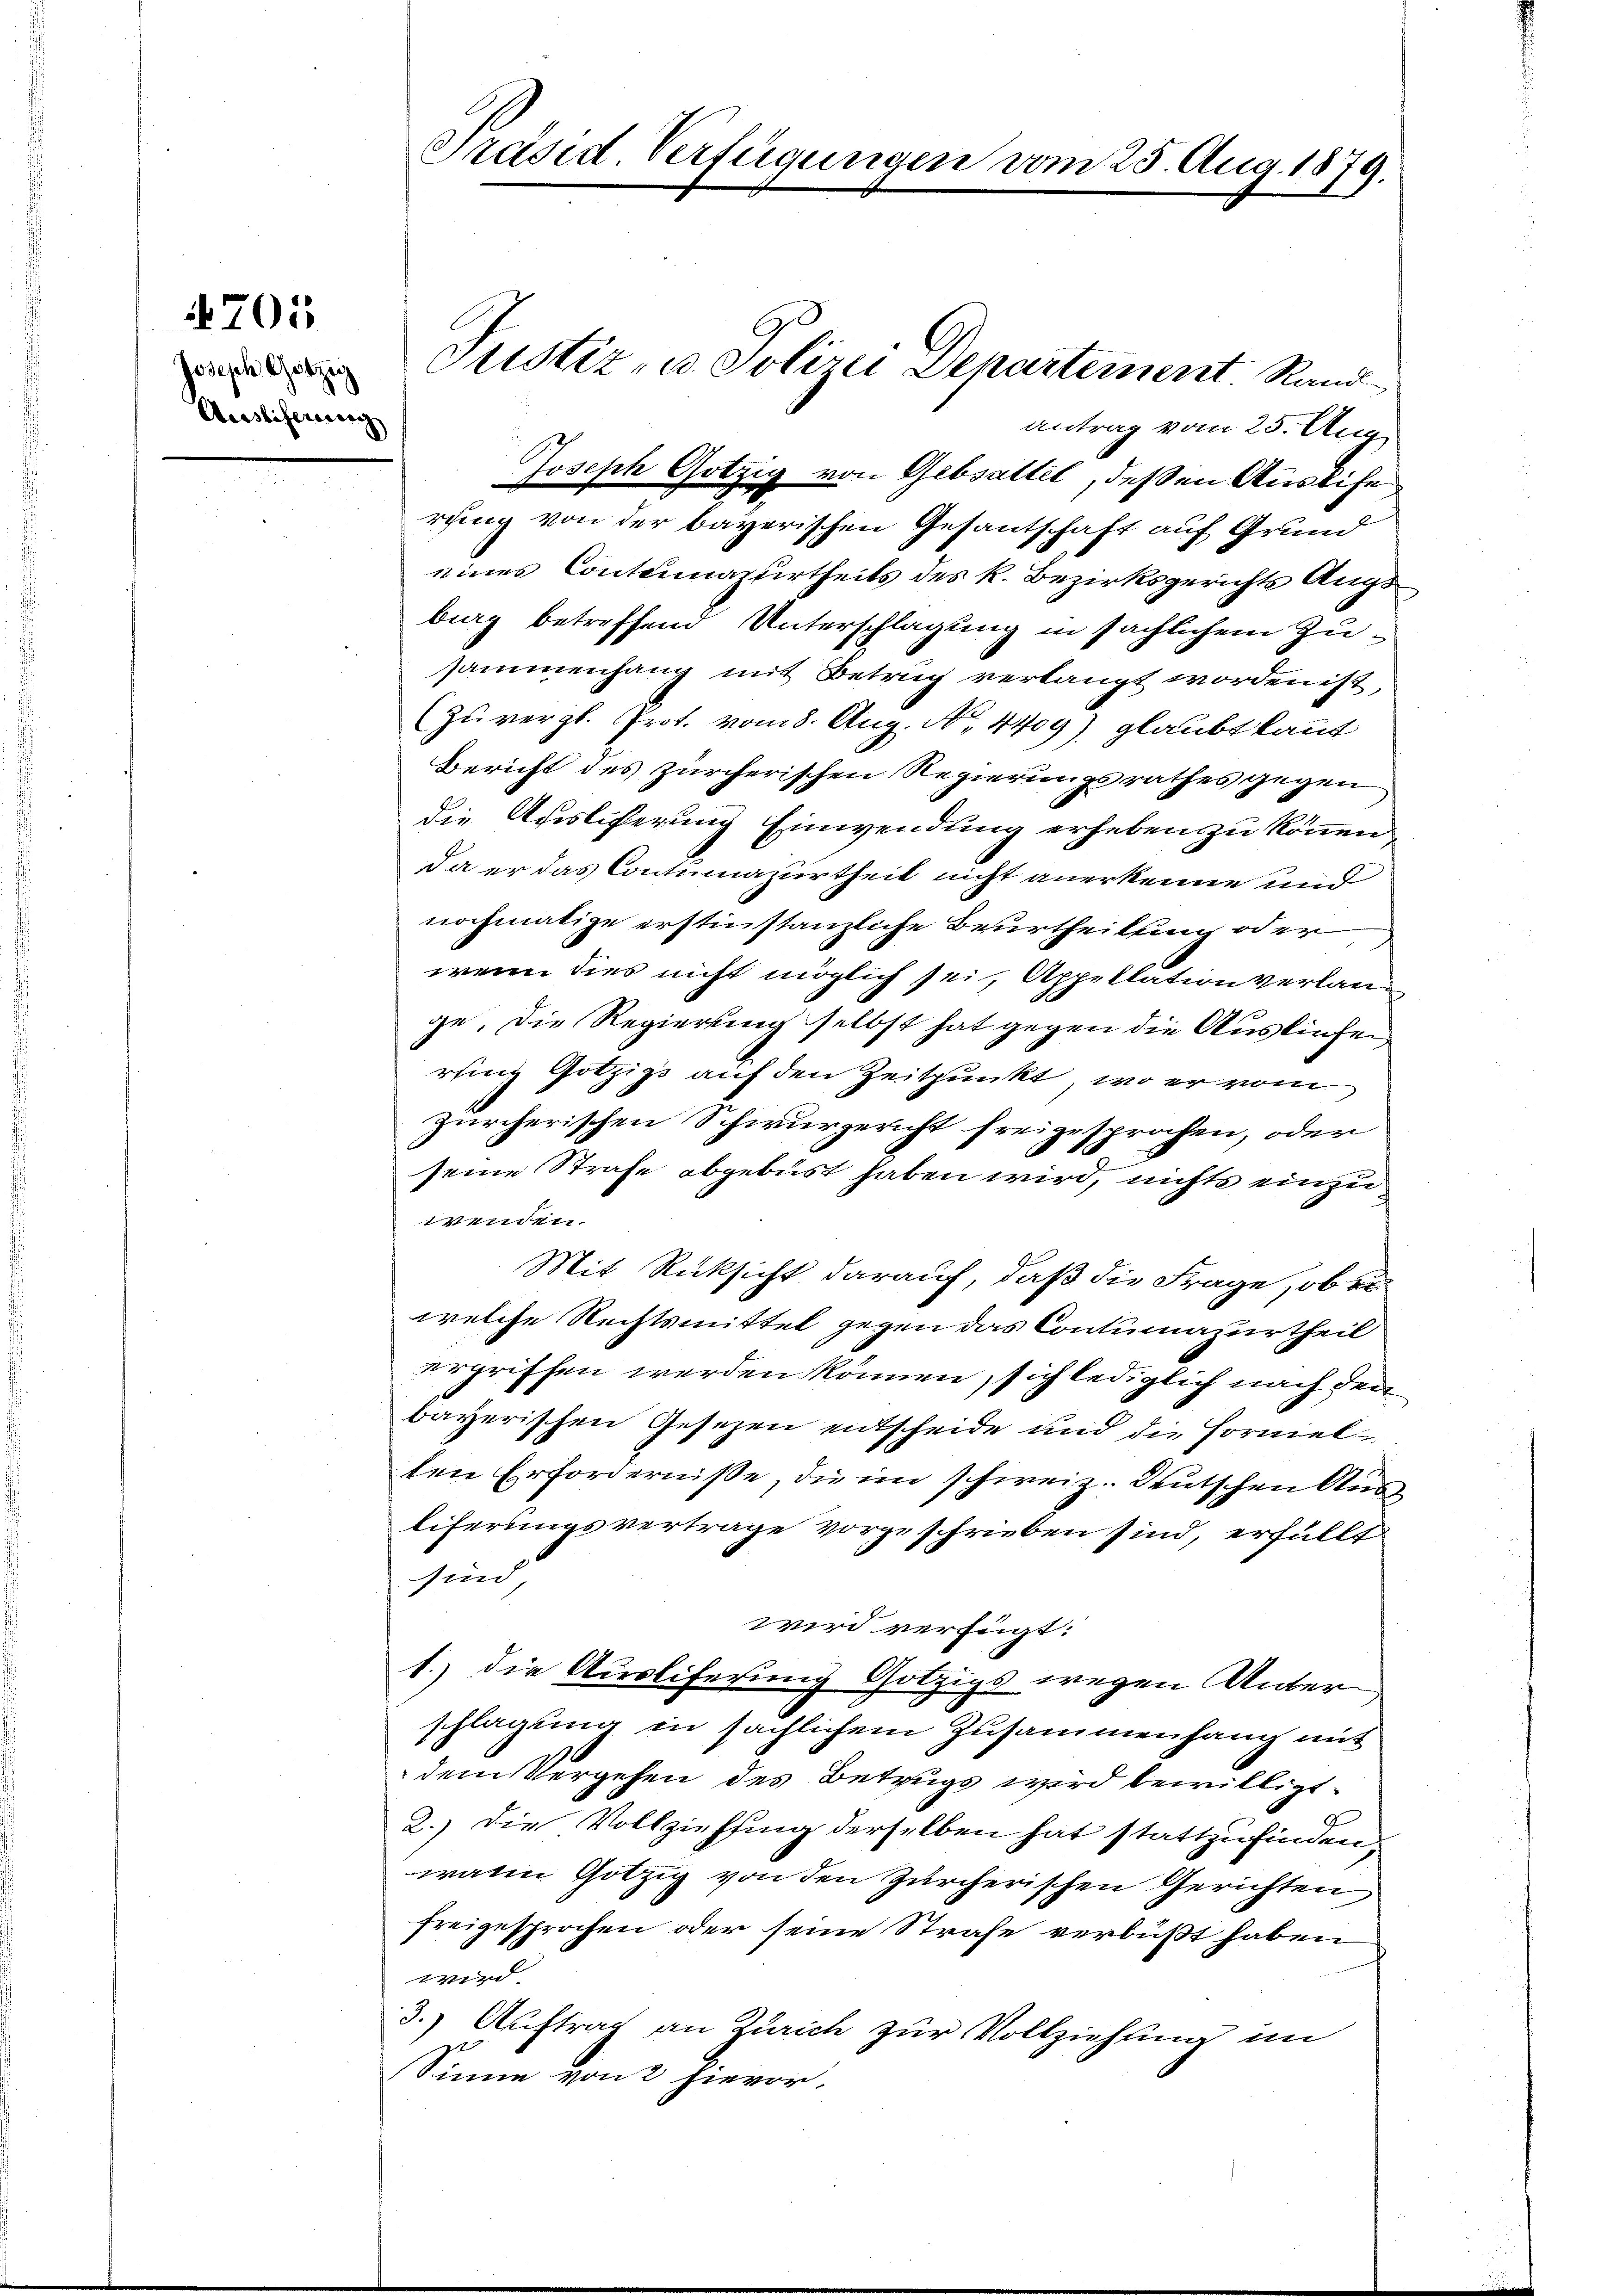
Joseph Gotzig
Auslieferung

705

Präsid. Verfügungen vom 25. Aug. 1879.

Justiz- u. Polizei Departement Rand
antrag vom 25. Aug.
Joseph Götzig von Gebsattel, deßen Auslife
rung von der bayerischen Gesantschaft auf Grund
eines Contumazirtheils des k. Bezirksgerichts Augsburg betreffend Unterschlagung in sächlichem Zusammenhang mit Betrug verlangt worden ist,
zu vergl. Prot. vom 8. Aug. No. 4409) glaubt kannt
Bericht des zürcherischen Regierungsrathes gegen
die Auslisterung Einwendung erheben zu können.
da er das Contumazurtheit nicht anerkenne und
nochmalige erstinstanzliche Beurtheilung oder
wenn dies nicht möglich sei, Appellation verlange. Die Regierung selbst hat gegen die Ausliefen
rting Gotzigs auf den Zeitpunkt, wo er vom
Zürcherischen Schwurgericht freigesprochen, oder
.
seine Strafe abgeburt haben wird, nichts einzuwenden.
Mit Rücksicht darauf, daß die Frage, ob er
welche Rechtsmittel gegen das Contumazurtheil
ergriffen werden können, sich lediglich nach den
bayerischen Gesezen entscheide und die Fornielten Erforderniße, die im schweiz. Deutschen Ausliferungsvertrage vorgeschrieben sind, erfüllt
sind
wird verfügt:
1.) die Ausliferung Götzigs wegen Unter
schlagung in sächlichem Zusammenhang mit
dem Vergehen des Betrugs wird bewilligt.
2.) Die Vollziehung derselben hat stattzufinden,
wann Götzig von den Zürcherischen Gerichten
freigesprochen oder seine Strafe verbüßt haben
Wird
3.) Auftrag an Zürich zur Vollziehung im
Sinne von 2 hievor.